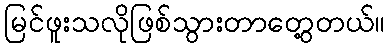
မြင်ဖူးသလိုဖြစ်သွားတာတွေ့တယ်။